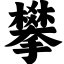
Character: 攀